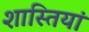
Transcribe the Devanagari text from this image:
शास्तियां